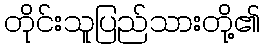
တိုင်းသူပြည်သားတို့၏